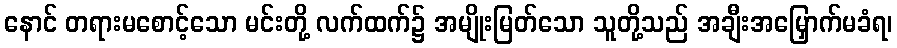
နောင် တရားမစောင့်သော မင်းတို့ လက်ထက်၌ အမျိုးမြတ်သော သူတို့သည် အချီးအမြှောက်မခံရ၊